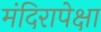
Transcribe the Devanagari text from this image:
मंदिरापेक्षा